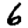
Digit: 6